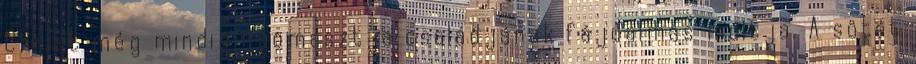
Christ még mindig nyomasztja családjának fájdalmas múltja. A sötét